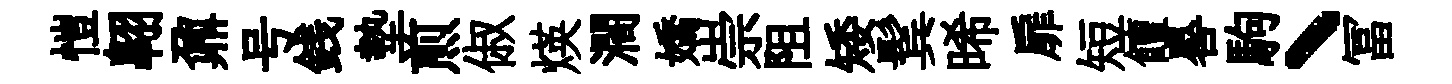
愷翺鼐号銭墊煎俶煐濶嬌崇阻矮鬂晞扉短饘晷駒丶冨